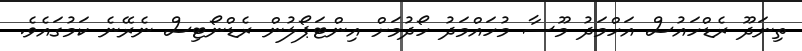
ތިނަދޫ ރެޑްހައުސް އަހްމަދު މޫސާ މުހައްމަދު ހޯދުމަށް އިންޓަޕޯލުން ރެޑްނޯޓިސް ނެރޭނެ ކަމުގައެވެ.